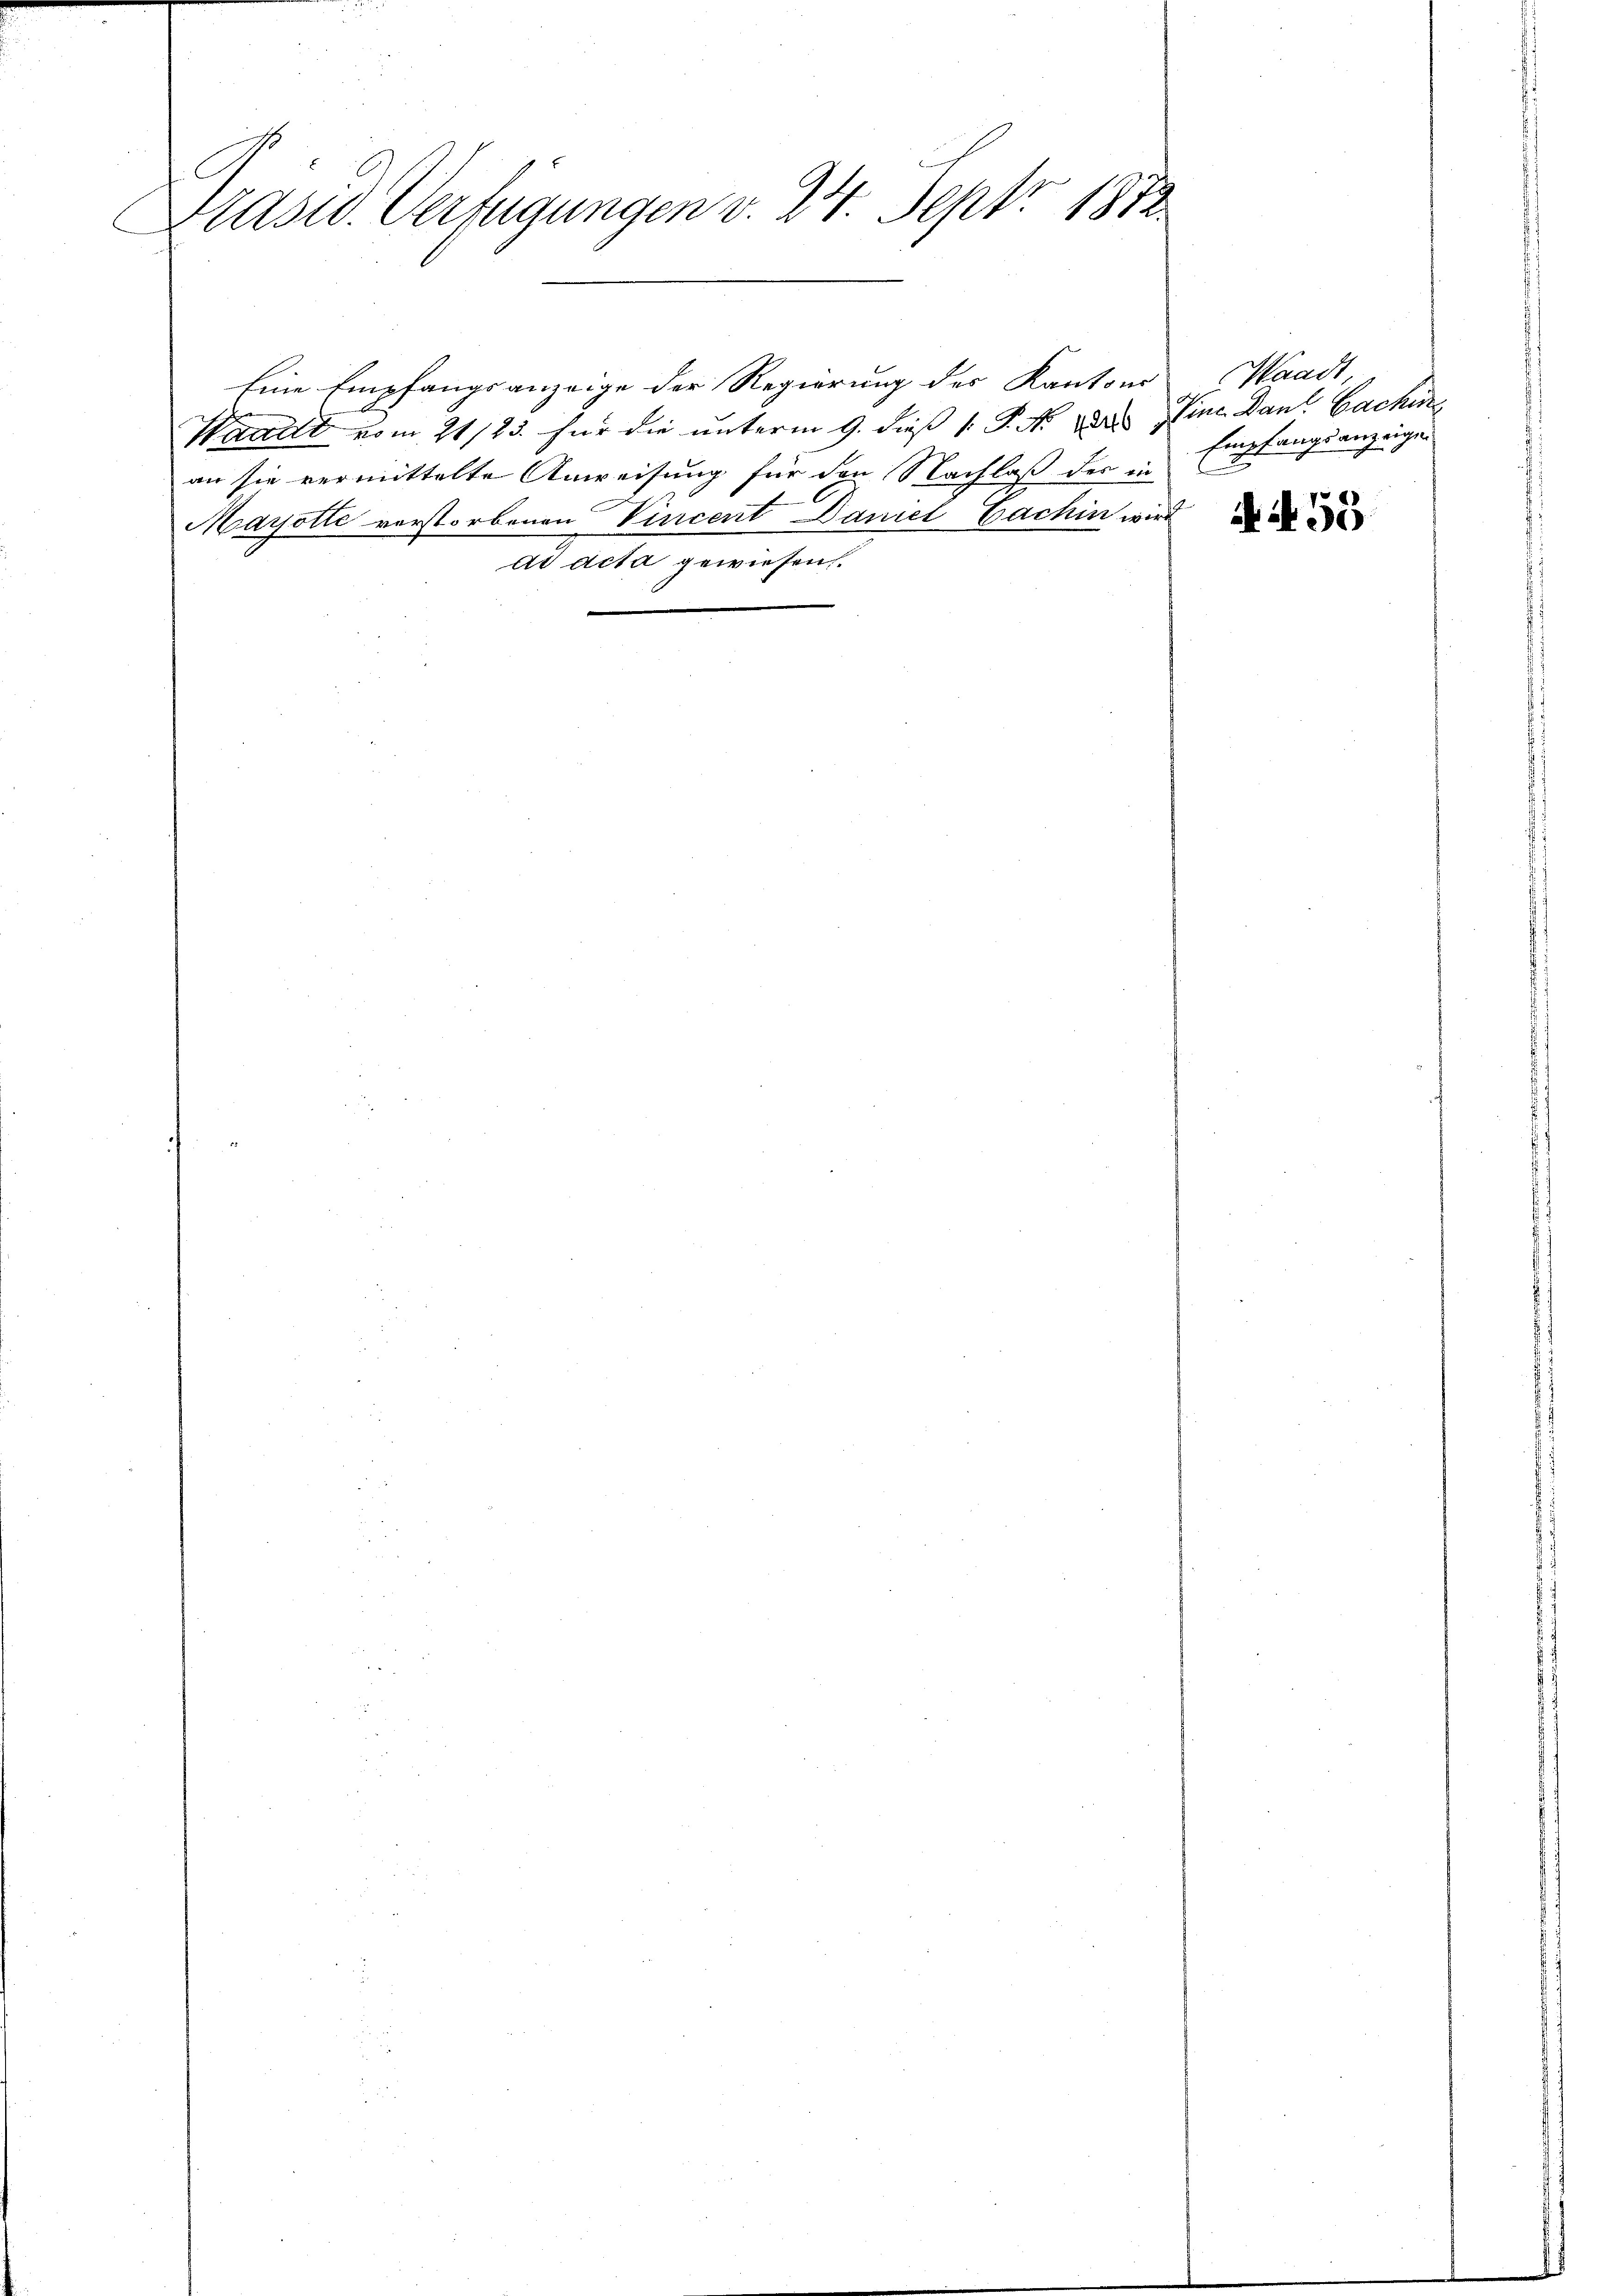
C
Präsid. Verfügungen v. 24. Sept. 1872

Eine Empfangsanzeige der Regierung des Kantons Waadt,
Waadt vom 21/23. für die unterm 9. dieß 1. P. Nr. 1883. Eine Dan Sache
an sie vermittelte Anweisung für den Nachlaß der in
Marotte verstorbenen Vincent Daniel Bachin wird
ad acta gewiesen.

Empfangsanzeigen

A 55